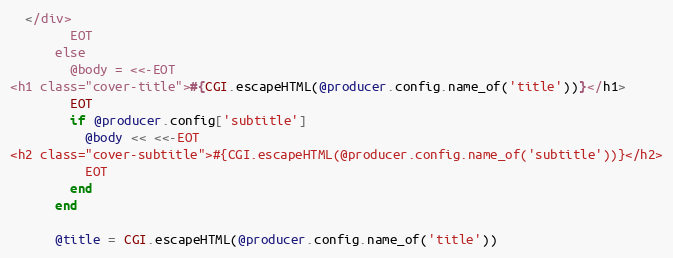
Language: Ruby
  </div>
        EOT
      else
        @body = <<-EOT
<h1 class="cover-title">#{CGI.escapeHTML(@producer.config.name_of('title'))}</h1>
        EOT
        if @producer.config['subtitle']
          @body << <<-EOT
<h2 class="cover-subtitle">#{CGI.escapeHTML(@producer.config.name_of('subtitle'))}</h2>
          EOT
        end
      end

      @title = CGI.escapeHTML(@producer.config.name_of('title'))